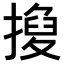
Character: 𢴼